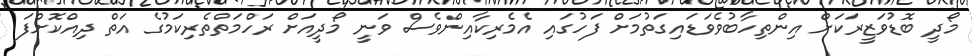
މޯދީ ބޮޑުވަޒީރަކަށް އިންތިހާބުވެވަޑައިގަތުމަށް ފަހުގައި އެމެރިކާއިންވެސް ވަނީ މޯދީއަށް ރަހްމަތްތެރިކަމުގެ އަތް ދިއްކޮށްފަ